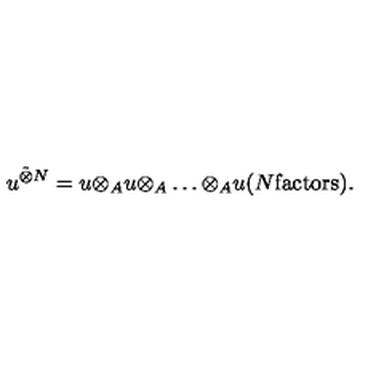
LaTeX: u ^ { \tilde { \otimes } N } = u { \otimes } _ { A } u { \otimes } _ { A } \ldots { \otimes } _ { A } u ( N \mathrm { f a c t o r s } ) .